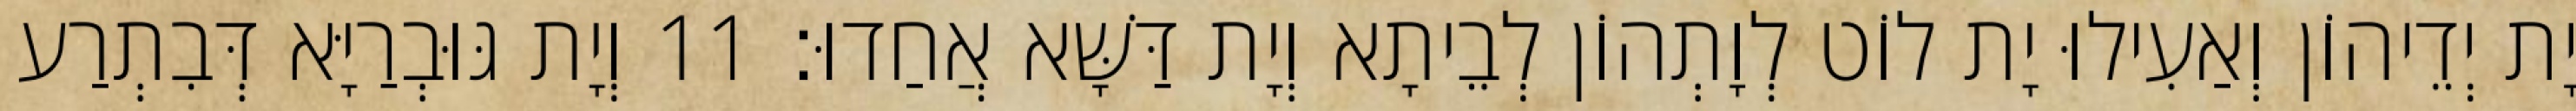
יָת יְדֵיהוֹן וְאַעִילוּ יָת לוֹט לְוָתְהוֹן לְבֵיתָא וְיָת דַּשָּׁא אֲחַדוּ׃ 11 וְיָת גּוּבְרַיָּא דְּבִתְרַע